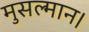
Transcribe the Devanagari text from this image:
मुसल्मान।